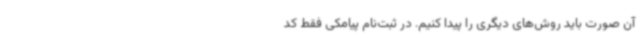
آن صورت باید روش‌های دیگری را پیدا کنیم. در ثبت‌نام پیامکی فقط کد